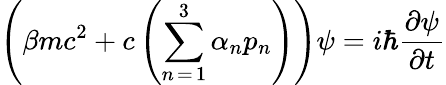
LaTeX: \left(\beta mc^{2}+c\left(\sum_{n\mathop{=}1}^{3}\alpha_{n}p_{n}\right)\right)\psi=i\hbar{\frac{\partial\psi}{\partial t}}